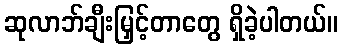
ဆုလာဘ်ချီးမြှင့်တာတွေ ရှိခဲ့ပါတယ်။